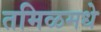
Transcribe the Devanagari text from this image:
तमिळमधे